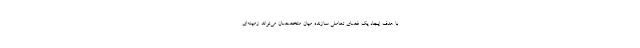
با هدف ایجاد یک فضای تعاملی سازنده میان متخصصان می‌تواند زمینه‌ای